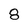
Character: 8